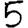
Digit: 5